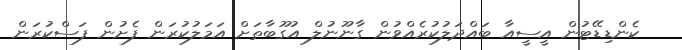
ކެންޑިޑޭޓުން އީސީއާ ބައްދަލުކުރެއްވުން ގާނޫނުލް އުގޫބާތަށް އަމަލުކުރަން ފެށުން ފަސްކުރަން